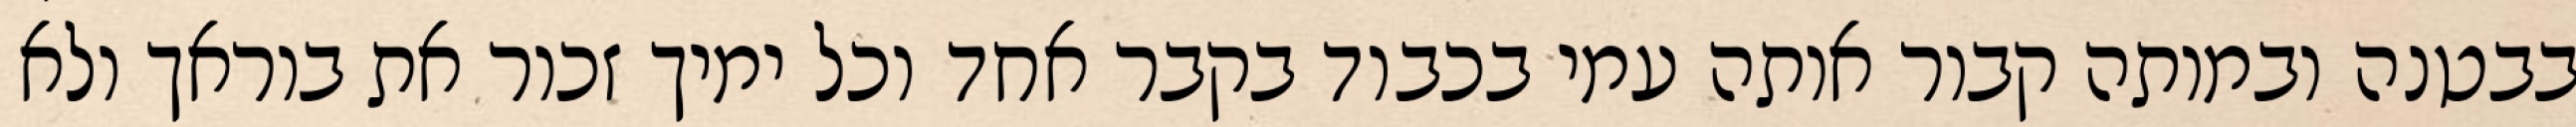
בבטנה ובמותה קבור אותה עמי בכבוד בקבר אחד וכל ימיך זכור את בוראך ולא